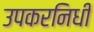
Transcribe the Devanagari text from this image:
उपकरनिधी